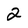
Character: 2